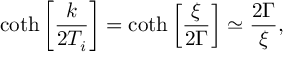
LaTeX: \coth \left[ \frac { k } { 2 T _ { i } } \right] = \coth \left[ \frac { \xi } { 2 \Gamma } \right] \simeq \frac { 2 \Gamma } { \xi } ,